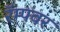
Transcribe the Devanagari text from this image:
रॅम्पवर